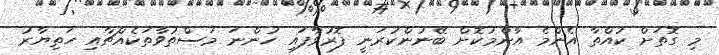
މި ގޮތަށް ކުއްތާ އެންމެ އާންމުކޮށް ބޭނުންކުރަނީ ފޮރުވާފައި ހުންނަ މަސްތުވާތަކެއްޗާއި ހަތިޔާރު